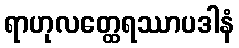
ရာဟုလတ္ထေရဿာပဒါနံ